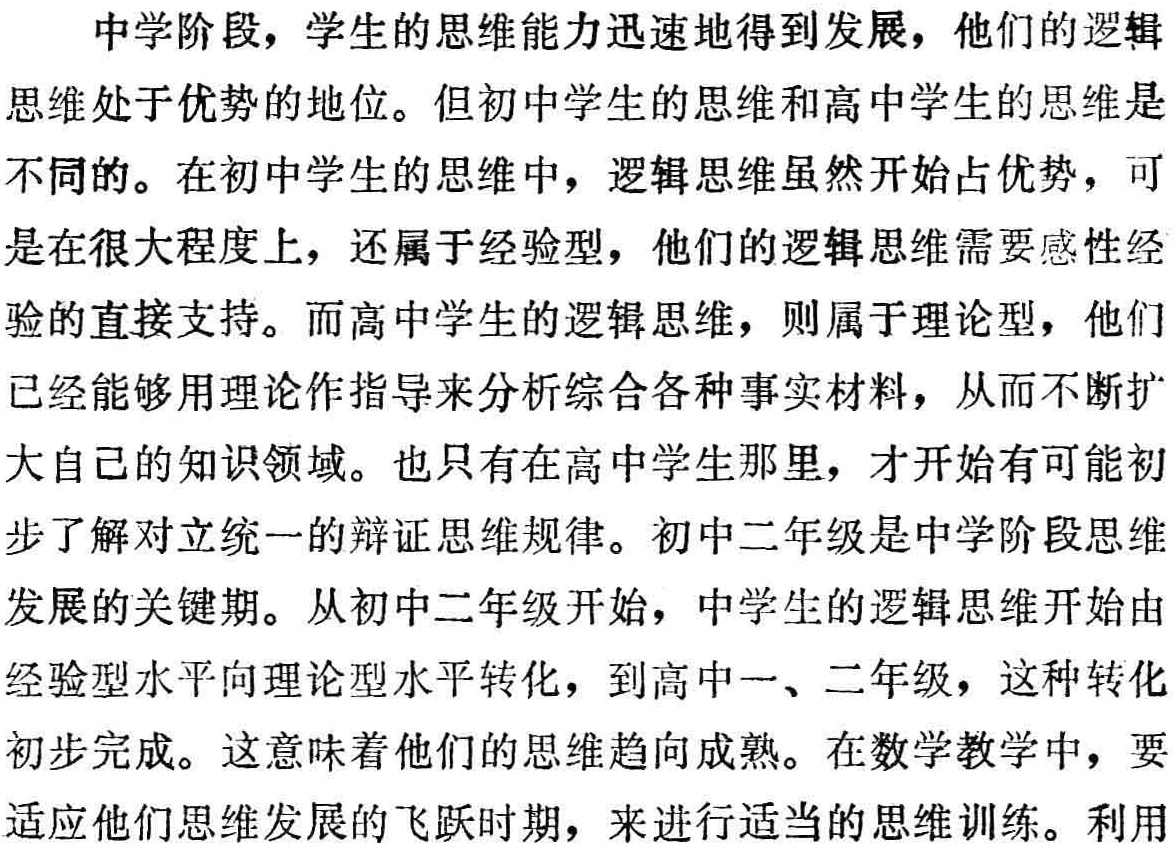
中学阶段，学生的思维能力迅速地得到发展，他们的逻辑

思维处于优势的地位。但初中学生的思维和高中学生的思维是

不同的。在初中学生的思维中，逻辑思维虽然开始占优势，可

是在很大程度上，还属于经验型，他们的逻辑思维需要感性经

验的直接支持。而高中学生的逻辑思维，则属于理论型，他们

已经能够用理论作指导来分析综合各种事实材料，从而不断扩

大自己的知识领域。也只有在高中学生那里，才开始有可能初

步了解对立统一的辩证思维规律。初中二年级是中学阶段思维

发展的关键期。从初中二年级开始，中学生的逻辑思维开始由

经验型水平向理论型水平转化，到高中一、二年级，这种转化

初步完成。这意味着他们的思维趋向成熟。在数学教学中，要

适应他们思维发展的飞跃时期，来进行适当的思维训练。利用